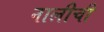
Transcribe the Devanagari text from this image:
नालीची